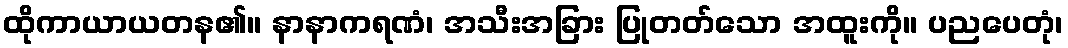
ထိုကာယာယတန၏။ နာနာကရဏံ၊ အသီးအခြား ပြုတတ်သော အထူးကို။ ပညပေတုံ၊